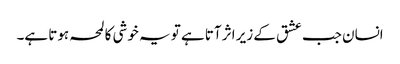
انسان جب عشق کے زیر اثر آتا ہے تو یہ خوشی کا لمحہ ہوتا ہے۔